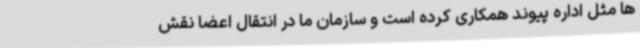
ها مثل اداره پیوند همکاری کرده است و سازمان ما در انتقال اعضا نقش